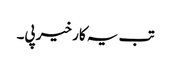
تب یہ کار خیر پی۔